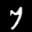
Digit: 7